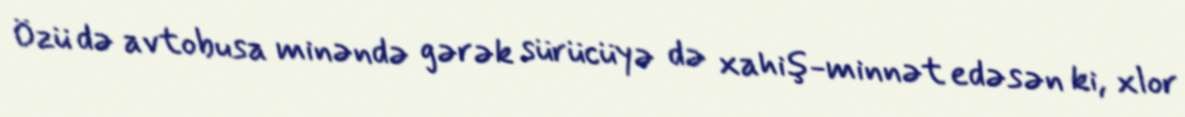
Özü də avtobusa minəndə gərək sürücüyə də xahiş-minnət edəsən ki, xlor